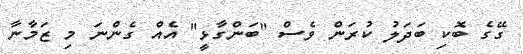
ގޭގެ ބޮކި ބަދަލު ކުރަން ވެސް "ބަންގާޅީ" އެއް ގެންނަ މި ޒަމާނާ